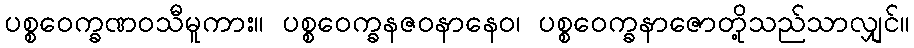
ပစ္စဝေက္ခဏဝသီမူကား။ ပစ္စဝေက္ခနဇဝနာနေဝ၊ ပစ္စဝေက္ခနာဇောတို့သည်သာလျှင်။